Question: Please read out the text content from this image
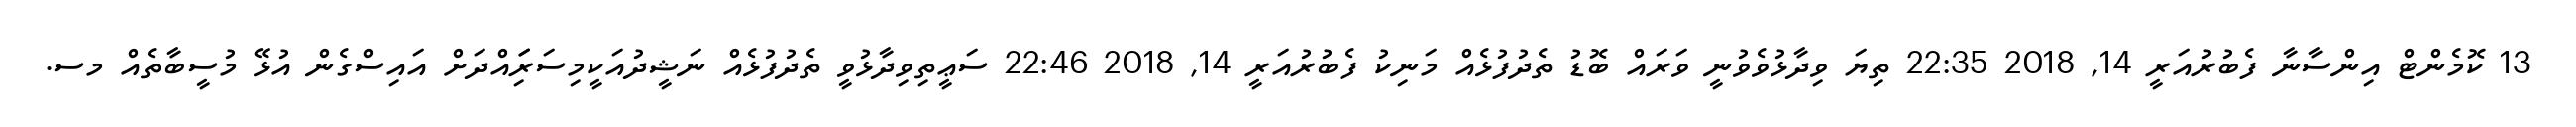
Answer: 13 ކޮމެންޓް އިންސާނާ ފެބުރުއަރީ 14, 2018 22:35 ތިޔަ ވިދާޅުވެވުނީ ވަރައް ބޮޑު ތެދުފުޅެއް މަނިކު ފެބުރުއަރީ 14, 2018 22:46 ސަޢީތިވިދާޅުވީ ތެދުފުޅެއް ނަޝީދުއަކީމިސަރަިައްދަށް އައިސްގެން އުޅޭ މުސީބާތެއް މސ.